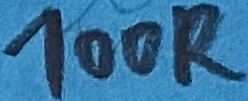
Text: 100R